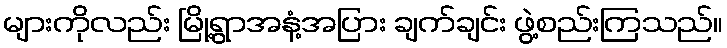
များကိုလည်း မြို့ရွာအနံ့အပြား ချက်ချင်း ဖွဲ့စည်းကြသည်။